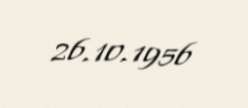
26.10.1956